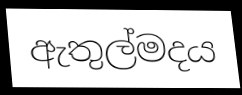
ඇතුල්මදය